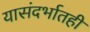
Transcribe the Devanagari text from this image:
यासंदर्भातही